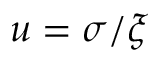
u = \sigma / \xi